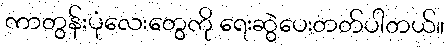
ကာတွန်းပုံလေးတွေကို ရေးဆွဲပေးတတ်ပါတယ်။